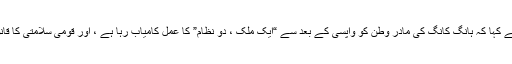
جبکہ ہانگ کانگ کولون سوسائٹیز فیڈریشن کی چیئرپرسن وانگ ہوئی جن نے کہا کہ ہانگ کانگ کی مادر وطن کو واپسی کے بعد سے “ایک ملک ، دو نظام” کا عمل کامیاب رہا ہے ، اور قومی سلامتی کا قانون “ایک ملک ، دو نظام” کے استحکام کے لئے مضبوط مدد فراہم کرے گا۔